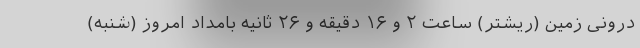
درونی زمین (ریشتر) ساعت ۲ و ۱۶ دقیقه و ۲۶ ثانیه بامداد امروز (شنبه)